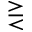
\gtreqless